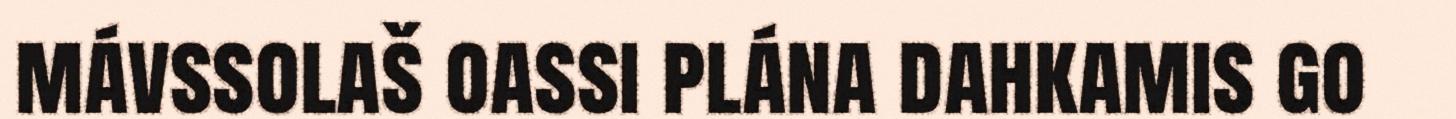
mávssolaš oassi plána dahkamis go